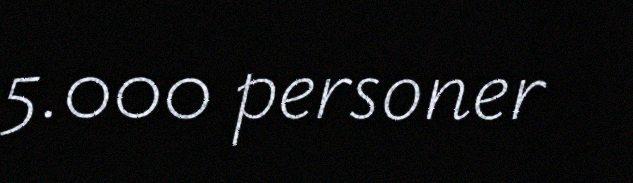
5.000 personer